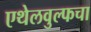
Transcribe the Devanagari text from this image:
एथेलवुल्फचा